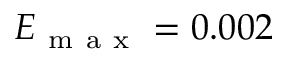
E _ { \mathrm { ~ m ~ a ~ x ~ } } = 0 . 0 0 2